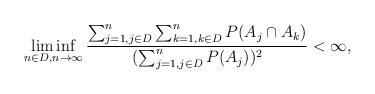
LaTeX: \begin{align*}\liminf_{n\in D,n \to \infty} \frac{\sum_{j=1,j \in D}^n \sum_{k=1,k \in D}^n P(A_j \cap A_k)}{(\sum_{j=1, j\in D}^n P(A_j))^2}<\infty,\end{align*}